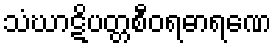
သံဃာဋိပတ္တစီဝရဓာရဏေ